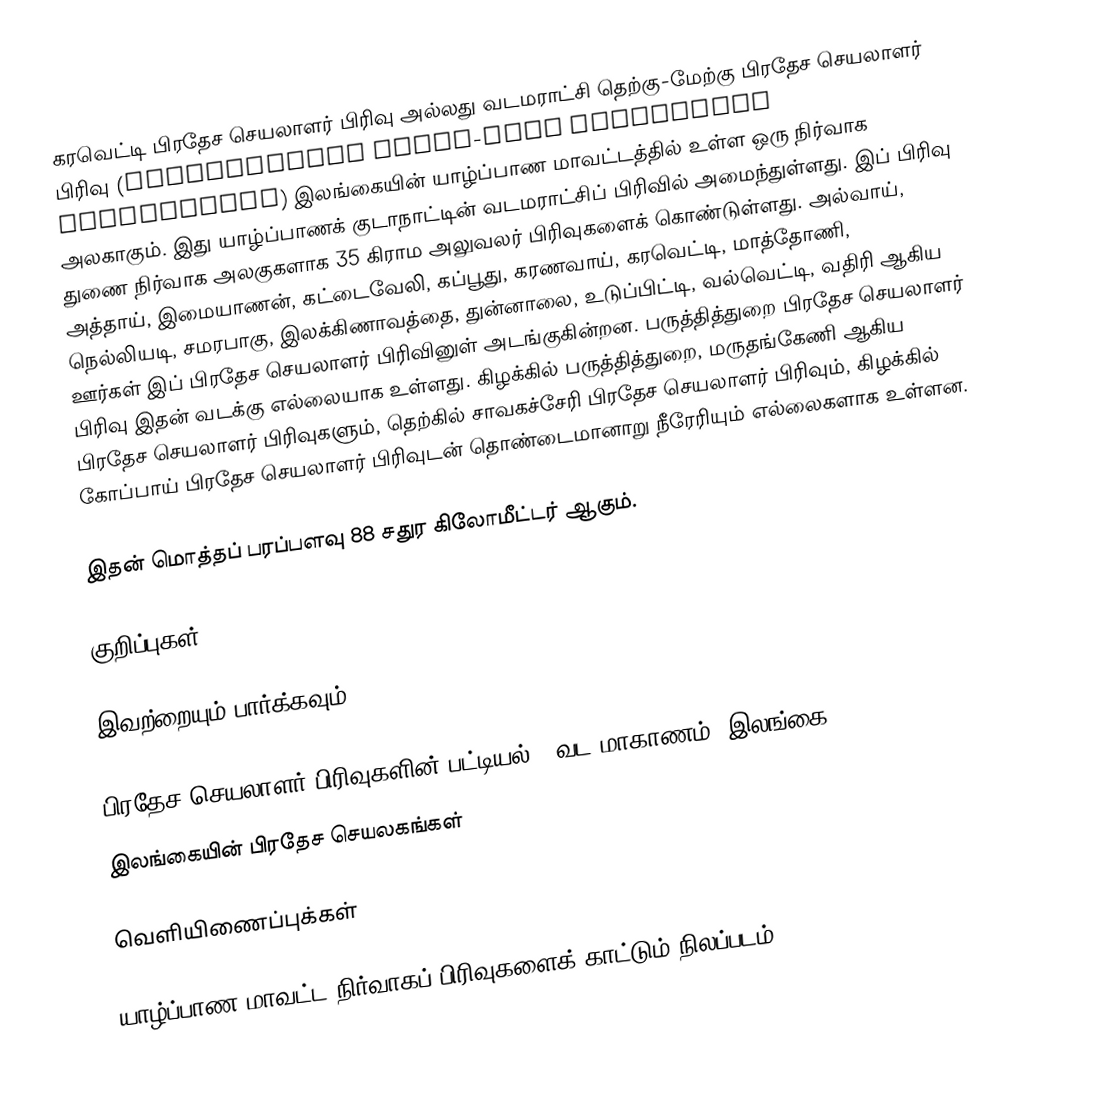
கரவெட்டி பிரதேச செயலாளர் பிரிவு அல்லது வடமராட்சி தெற்கு-மேற்கு பிரதேச செயலாளர் பிரிவு (Vadamaradchi South-West Divisional Secretariat) இலங்கையின் யாழ்ப்பாண மாவட்டத்தில் உள்ள ஒரு நிர்வாக அலகாகும். இது யாழ்ப்பாணக் குடாநாட்டின் வடமராட்சிப் பிரிவில் அமைந்துள்ளது. இப் பிரிவு துணை நிர்வாக அலகுகளாக 35 கிராம அலுவலர் பிரிவுகளைக் கொண்டுள்ளது. அல்வாய், அத்தாய், இமையாணன், கட்டைவேலி, கப்பூது, கரணவாய், கரவெட்டி, மாத்தோணி, நெல்லியடி, சமரபாகு, இலக்கிணாவத்தை, துன்னாலை, உடுப்பிட்டி, வல்வெட்டி, வதிரி ஆகிய ஊர்கள் இப் பிரதேச செயலாளர் பிரிவினுள் அடங்குகின்றன. பருத்தித்துறை பிரதேச செயலாளர் பிரிவு இதன் வடக்கு எல்லையாக உள்ளது. கிழக்கில் பருத்தித்துறை, மருதங்கேணி ஆகிய பிரதேச செயலாளர் பிரிவுகளும், தெற்கில் சாவகச்சேரி பிரதேச செயலாளர் பிரிவும், கிழக்கில் கோப்பாய் பிரதேச செயலாளர் பிரிவுடன் தொண்டைமானாறு நீரேரியும் எல்லைகளாக உள்ளன.

இதன் மொத்தப் பரப்பளவு 88 சதுர கிலோமீட்டர் ஆகும்.

குறிப்புகள்

இவற்றையும் பார்க்கவும்

 பிரதேச செயலாளர் பிரிவுகளின் பட்டியல் - வட மாகாணம், இலங்கை
 இலங்கையின் பிரதேச செயலகங்கள்

வெளியிணைப்புக்கள்

 யாழ்ப்பாண மாவட்ட நிர்வாகப் பிரிவுகளைக் காட்டும் நிலப்படம்